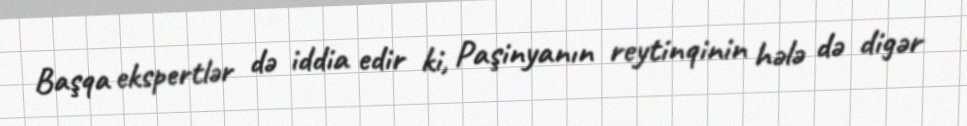
Başqa ekspertlər də iddia edir ki, Paşinyanın reytinqinin hələ də digər